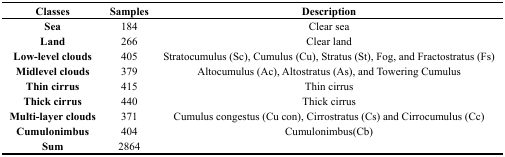
<table><thead><tr><td><b>Classes</b></td><td><b>Samples</b></td><td><b>Description</b></td></tr></thead><tbody><tr><td><b>Sea</b></td><td>184</td><td>Clear sea</td></tr><tr><td><b>Land</b></td><td>266</td><td>Clear land</td></tr><tr><td><b>Low-level clouds</b></td><td>405</td><td>Stratocumulus (Sc), Cumulus (Cu), Stratus (St), Fog, and Fractostratus (Fs)</td></tr><tr><td><b>Midlevel clouds</b></td><td>379</td><td>Altocumulus (Ac), Altostratus (As), and Towering Cumulus</td></tr><tr><td><b>Thin cirrus</b></td><td>415</td><td>Thin cirrus</td></tr><tr><td><b>Thick cirrus</b></td><td>440</td><td>Thick cirrus</td></tr><tr><td><b>Multi-layer clouds</b></td><td>371</td><td>Cumulus congestus (Cu con), Cirrostratus (Cs) and Cirrocumulus (Cc)</td></tr><tr><td><b>Cumulonimbus</b></td><td>404</td><td>Cumulonimbus(Cb)</td></tr><tr><td><b>Sum</b></td><td>2864</td><td></td></tr></tbody></table>